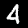
Digit: 4